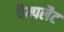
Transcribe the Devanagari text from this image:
पैम्पलैट